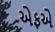
એફએ